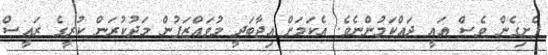
ފެށިގެން ވެސް އައީ ދައްކަމުންނެވެ. އެކަމަށް އިޖާބަދީ މުވައްޒަފުންް މަދުކުރަން ކުރީގެ ރައީސް